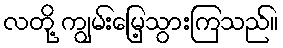
လတို့ ကျွမ်းမြေ့သွားကြသည်။